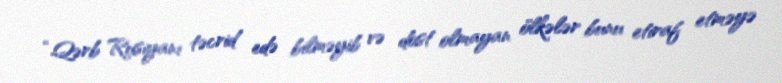
“Qərb Rusiyanı təcrid edə bilməyib və dost olmayan ölkələr bunu etiraf etməyə